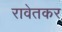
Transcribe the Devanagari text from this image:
रावेतकर